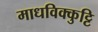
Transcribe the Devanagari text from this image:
माधविक्कुट्टि